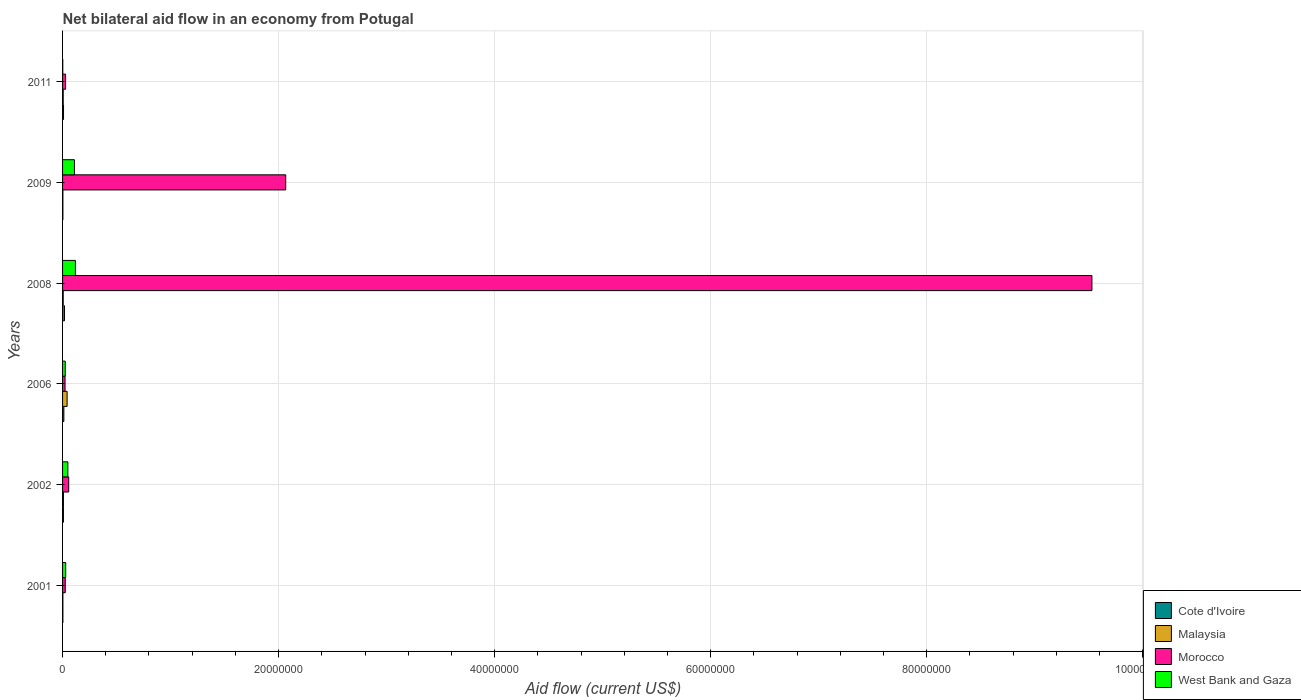
| Years | Cote d'Ivoire | Malaysia | Morocco | West Bank and Gaza |
 | --- | --- | --- | --- | --- |
 | 2001 | 3e+04 | 3e+04 | 2.5e+05 | 2.9e+05 |
 | 2002 | 8e+04 | 8e+04 | 5.7e+05 | 4.9e+05 |
 | 2006 | 1.2e+05 | 4.2e+05 | 2.3e+05 | 2.5e+05 |
 | 2008 | 1.8e+05 | 6e+04 | 9.53e+07 | 1.19e+06 |
 | 2009 | 3e+04 | 3e+04 | 2.07e+07 | 1.1e+06 |
 | 2011 | 9e+04 | 6e+04 | 2.8e+05 | 2e+04 |